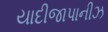
યાદીજાપાનીઝ